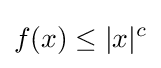
f(x)\leq |x|^{c}